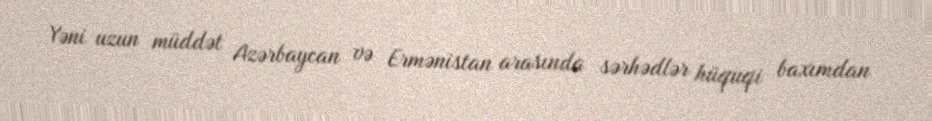
Yəni uzun müddət Azərbaycan və Ermənistan arasında sərhədlər hüquqi baxımdan